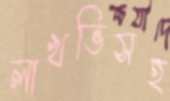
লাখভিসহ